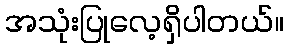
အသုံးပြုလေ့ရှိပါတယ်။